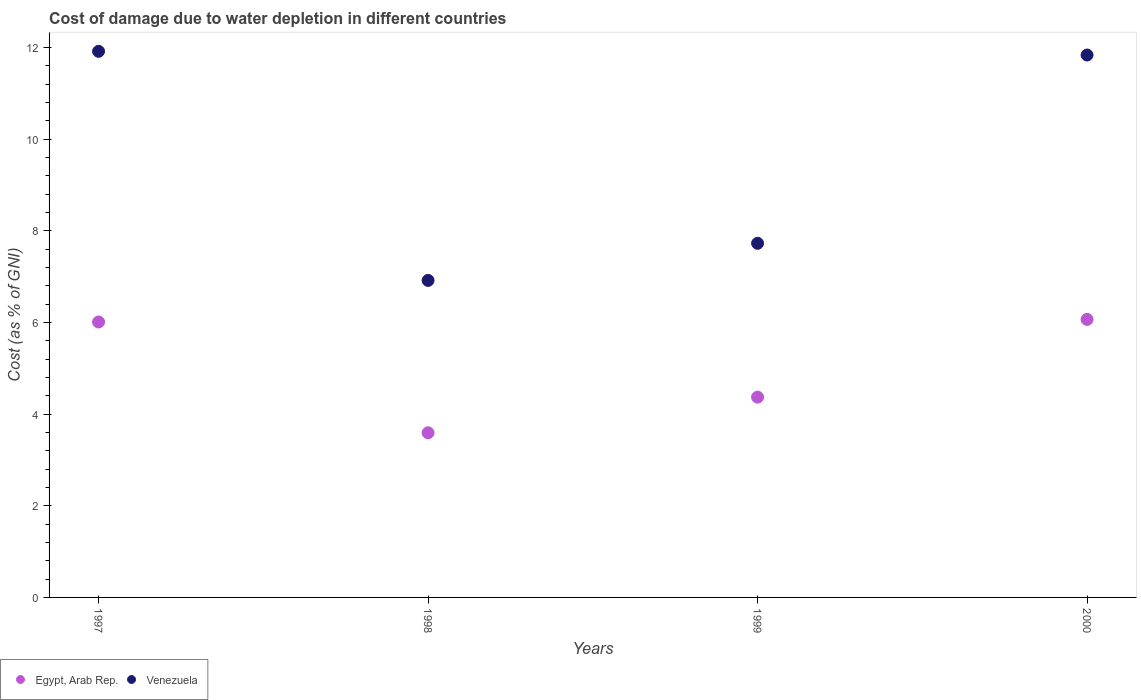
| Years | Egypt, Arab Rep. | Venezuela |
 | --- | --- | --- |
 | 1997 | 6.01 | 11.9 |
 | 1998 | 3.59 | 6.92 |
 | 1999 | 4.37 | 7.73 |
 | 2000 | 6.07 | 11.8 |